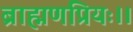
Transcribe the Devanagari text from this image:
ब्राह्मणप्रियः।।